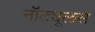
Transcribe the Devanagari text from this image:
नॉट्यूलस